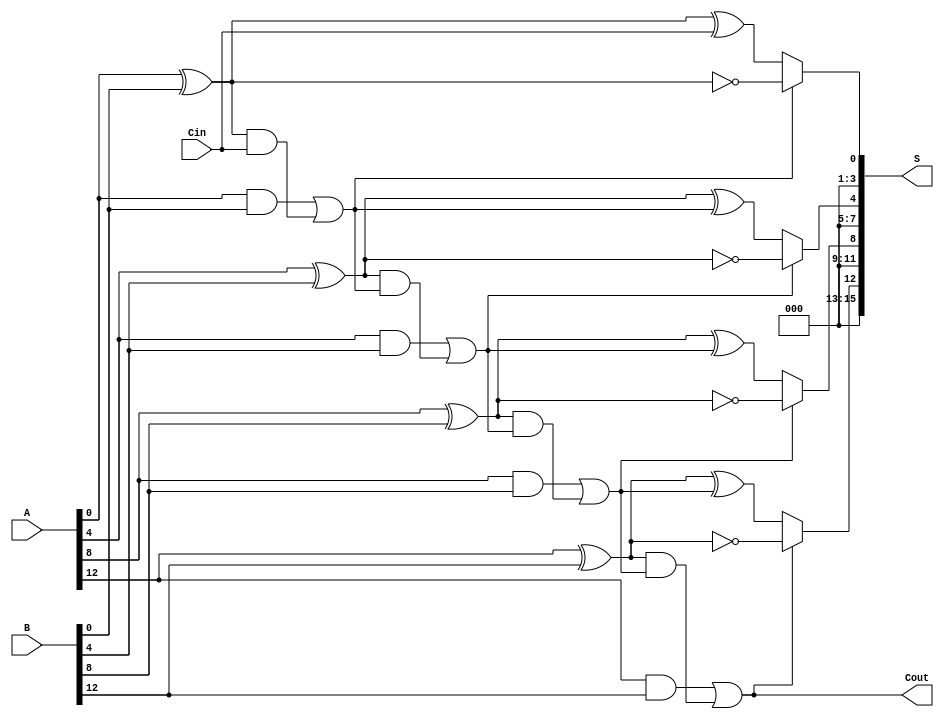
module ParallelPrefixCarrySelectAdder #(parameter n = 16, m = 4) (
    input  [n-1:0] A,
    input  [n-1:0] B,
    input  Cin,
    output [n-1:0] S,
    output Cout
);
    
    // Number of segments
    localparam num_segments = n / m;
    
    // Generate and propagate signals
    wire [num_segments-1:0] G, P;
    genvar i;
    generate
        for (i = 0; i < num_segments; i = i + 1) begin: gen_prop
            assign G[i] = A[(i*m)+m-1:m*i] & B[(i*m)+m-1:m*i];
            assign P[i] = A[(i*m)+m-1:m*i] ^ B[(i*m)+m-1:m*i];
        end
    endgenerate

    // Carry signals
    wire [num_segments:0] carry;
    assign carry[0] = Cin; // Initial carry-in

    // Kogge-Stone Carry Generation
    generate
        for (i = 0; i < num_segments; i = i + 1) begin: carry_gen
            if (i == 0) begin
                assign carry[i+1] = G[i] | (P[i] & carry[i]);
            end else begin
                assign carry[i+1] = G[i] | (P[i] & carry[i]);
            end
        end
    endgenerate

    // Carry Select Logic
    wire [num_segments-1:0] sum_with_Cin, sum_with_Cin1;
    generate
        for (i = 0; i < num_segments; i = i + 1) begin: sum_calc
            assign sum_with_Cin[i] = P[i] ^ carry[i];      // Sum with carry-in
            assign sum_with_Cin1[i] = P[i] ^ (1'b1);       // Sum with carry-in of 1
        end
    endgenerate

    // Final sum selection using the carry bits
    generate
        for (i = 0; i < num_segments; i = i + 1) begin: final_sum
            assign S[(i*m)+m-1:(i*m)] = carry[i+1] ? sum_with_Cin1[i] : sum_with_Cin[i];
        end
    endgenerate

    // Final carry-out
    assign Cout = carry[num_segments];

endmodule